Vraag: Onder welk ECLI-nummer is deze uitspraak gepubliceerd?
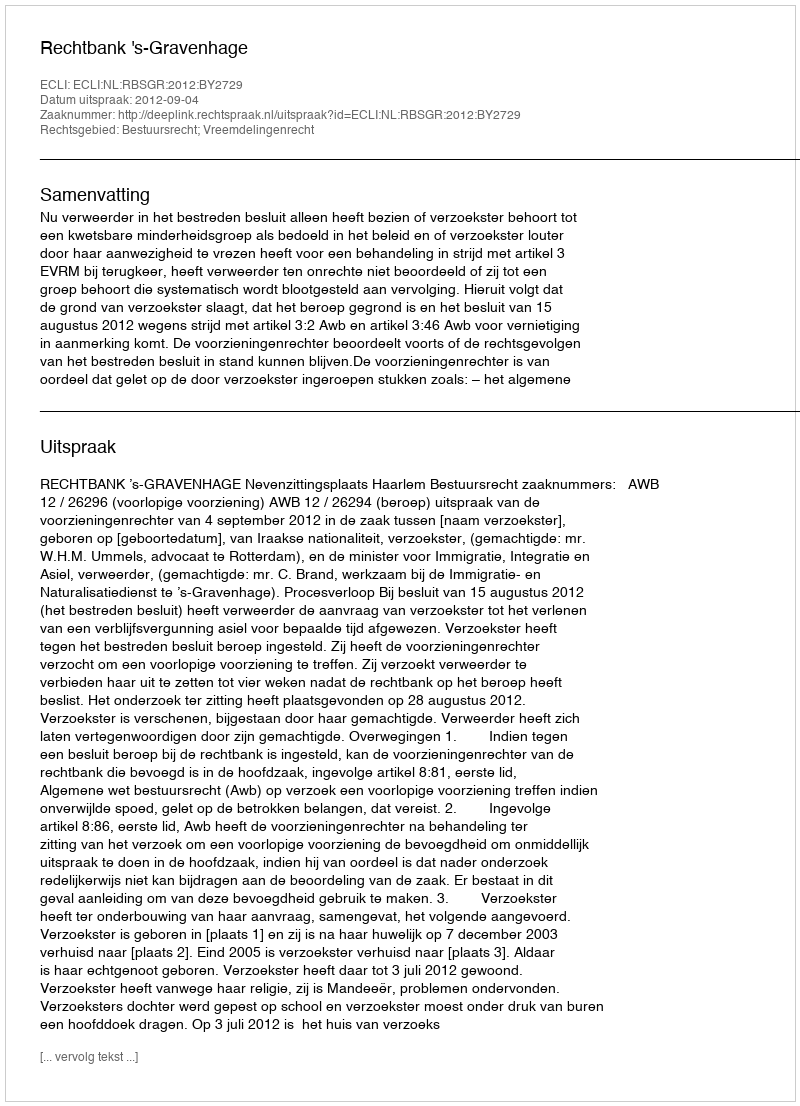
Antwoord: ECLI:NL:RBSGR:2012:BY2729